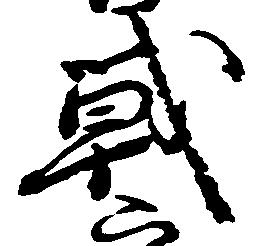
戦